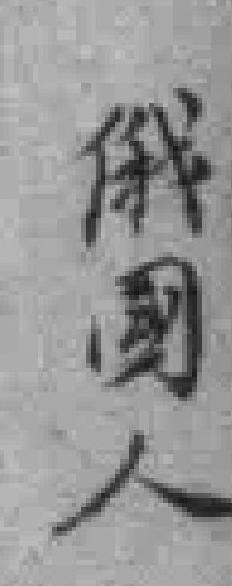
俄國人